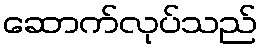
ဆောက်လုပ်သည်